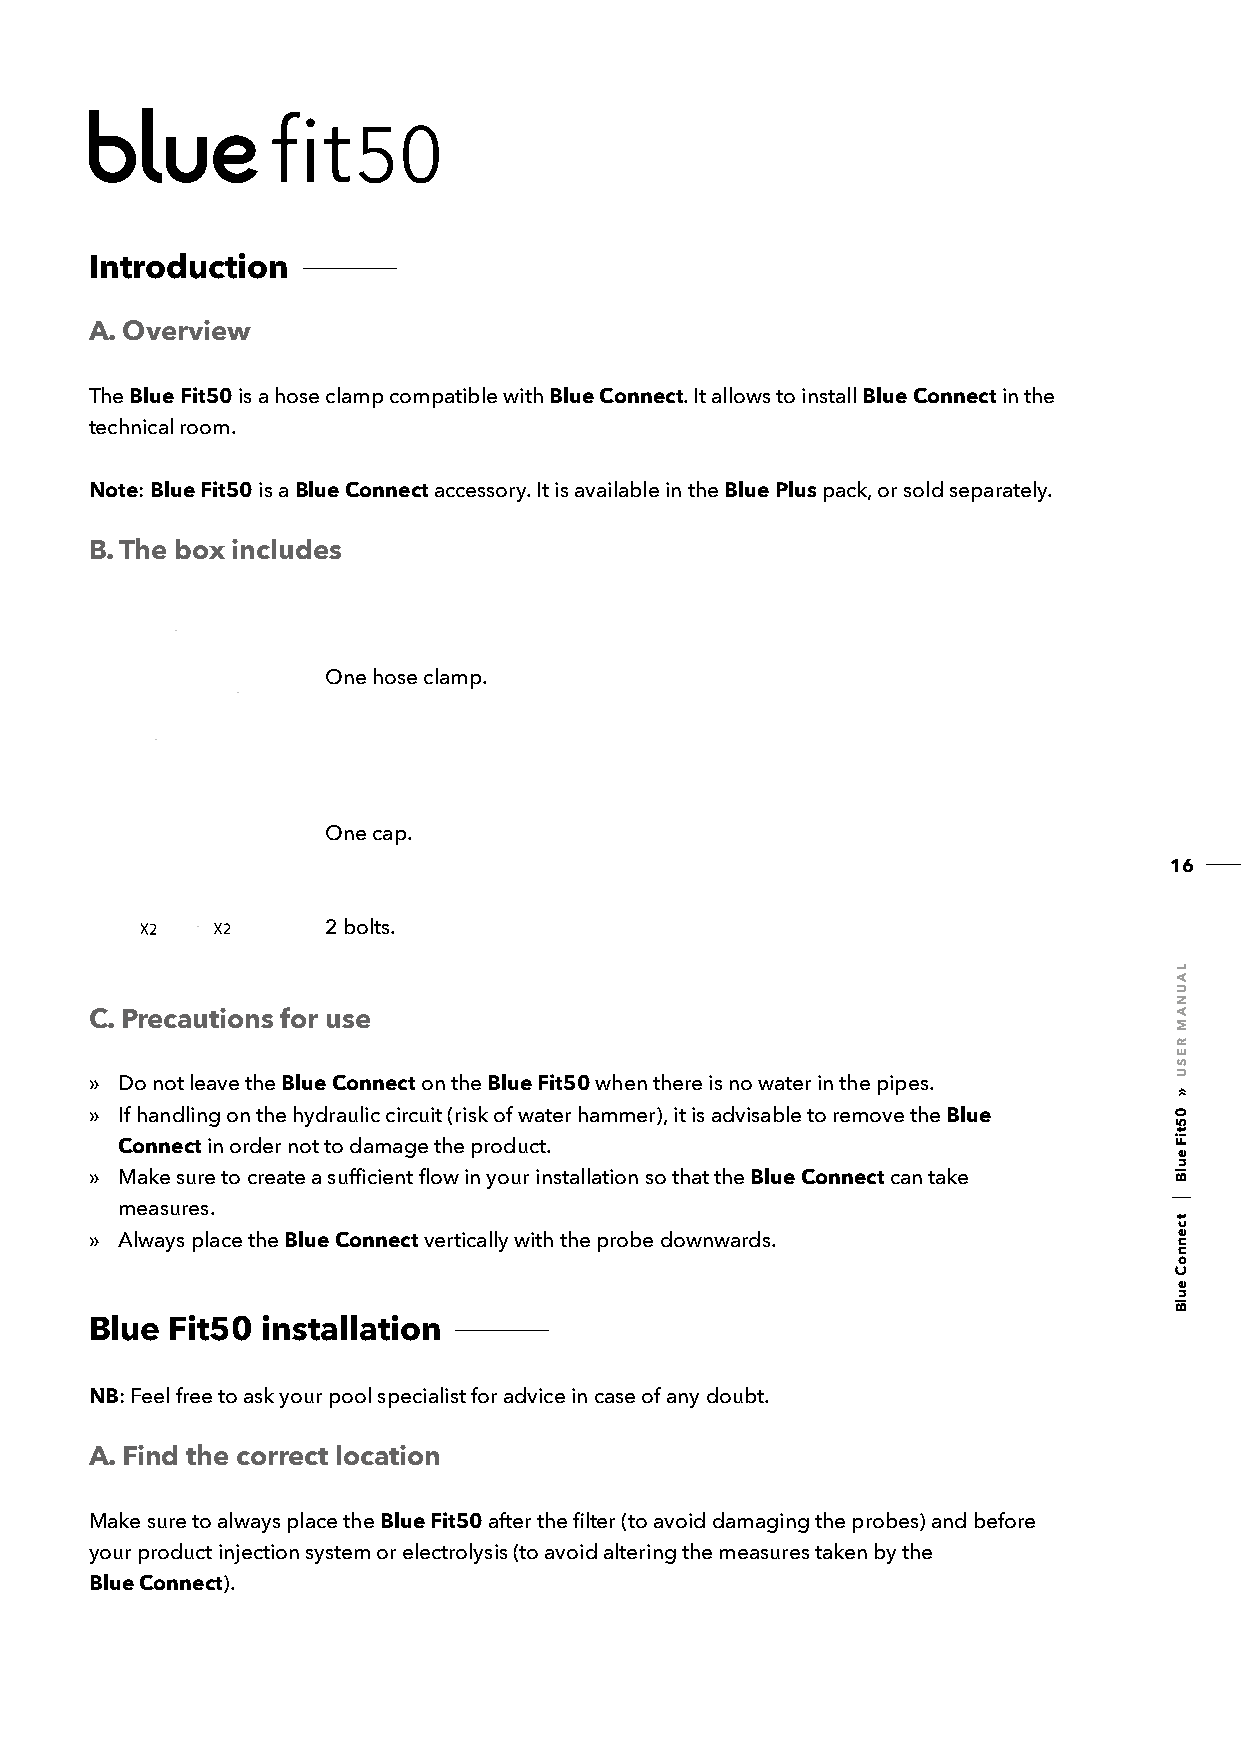
Introduction
 A. Overview
 The Blue Fit50 is a hose clamp compatible with Blue Connect. It allows to install Blue Connect in the
 technical room.
 Note: Blue Fit50 is a Blue Connect accessory. It is available in the Blue Plus pack, or sold separately.
 B. The box includes
 One hose clamp.
 One cap.
 16
 2 bolts.
 C. Precautions for use
 » Do not leave the Blue Connect on the Blue Fit50 when there is no water in the pipes.
 » If handling on the hydraulic circuit (risk of water hammer), it is advisable to remove the Blue
 Connect in order not to damage the product.
 » Make sure to create a sufficient flow in your installation so that the Blue Connect can take
 measures.
 » Always place the Blue Connect vertically with the probe downwards.
 Blue Fit50 installation
 NB: Feel free to ask your pool specialist for advice in case of any doubt.
 A. Find the correct location
 Make sure to always place the Blue Fit50 after the filter (to avoid damaging the probes) and before
 your product injection system or electrolysis (to avoid altering the measures taken by the
 Blue Connect).
 LAUNAM
 RESU
 »
 05tiF
 eulB
 tcennoC
 eulB